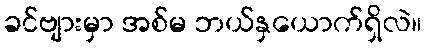
ခင်ဗျားမှာ အစ်မ ဘယ်နှယောက်ရှိလဲ။